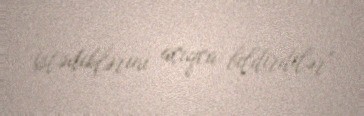
istədiklərini açıqca bildirdilər".